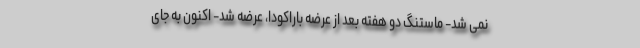
نمی شد- ماستنگ دو هفته بعد از عرضه باراکودا، عرضه شد- اکنون به جای